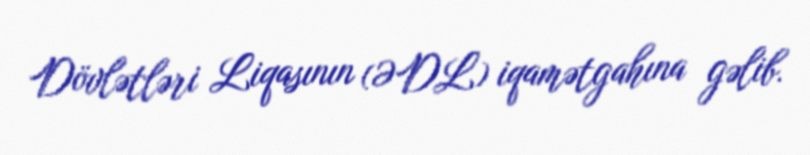
Dövlətləri Liqasının (ƏDL) iqamətgahına gəlib.